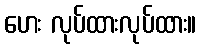
ဟေး လုပ်ထားလုပ်ထား။